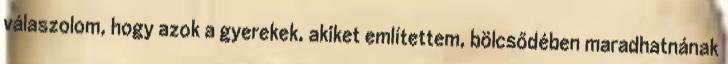
válaszolom, hogy azok a gyerekek, akiket említettem, bölcsődében maradhatnának